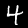
Label: 4